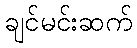
ချင်မင်းဆက်